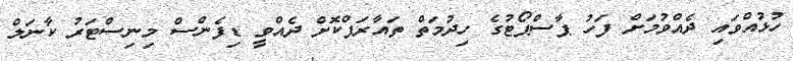
ހުޅުއްވައި ދެއްވުމަށް ފަހު ޕާސްޕޯޓުގެ ހިދުމަތް ތައާރަފްކޮށް ދެއްވީ ޑިފެންސް މިނިސްޓަރު ކާނަލް